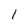
Character: 1